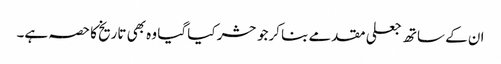
ان کے ساتھ جعلی مقدمے بنا کرجو حشر کیا گیا وہ بھی تاریخ کا حصہ ہے۔